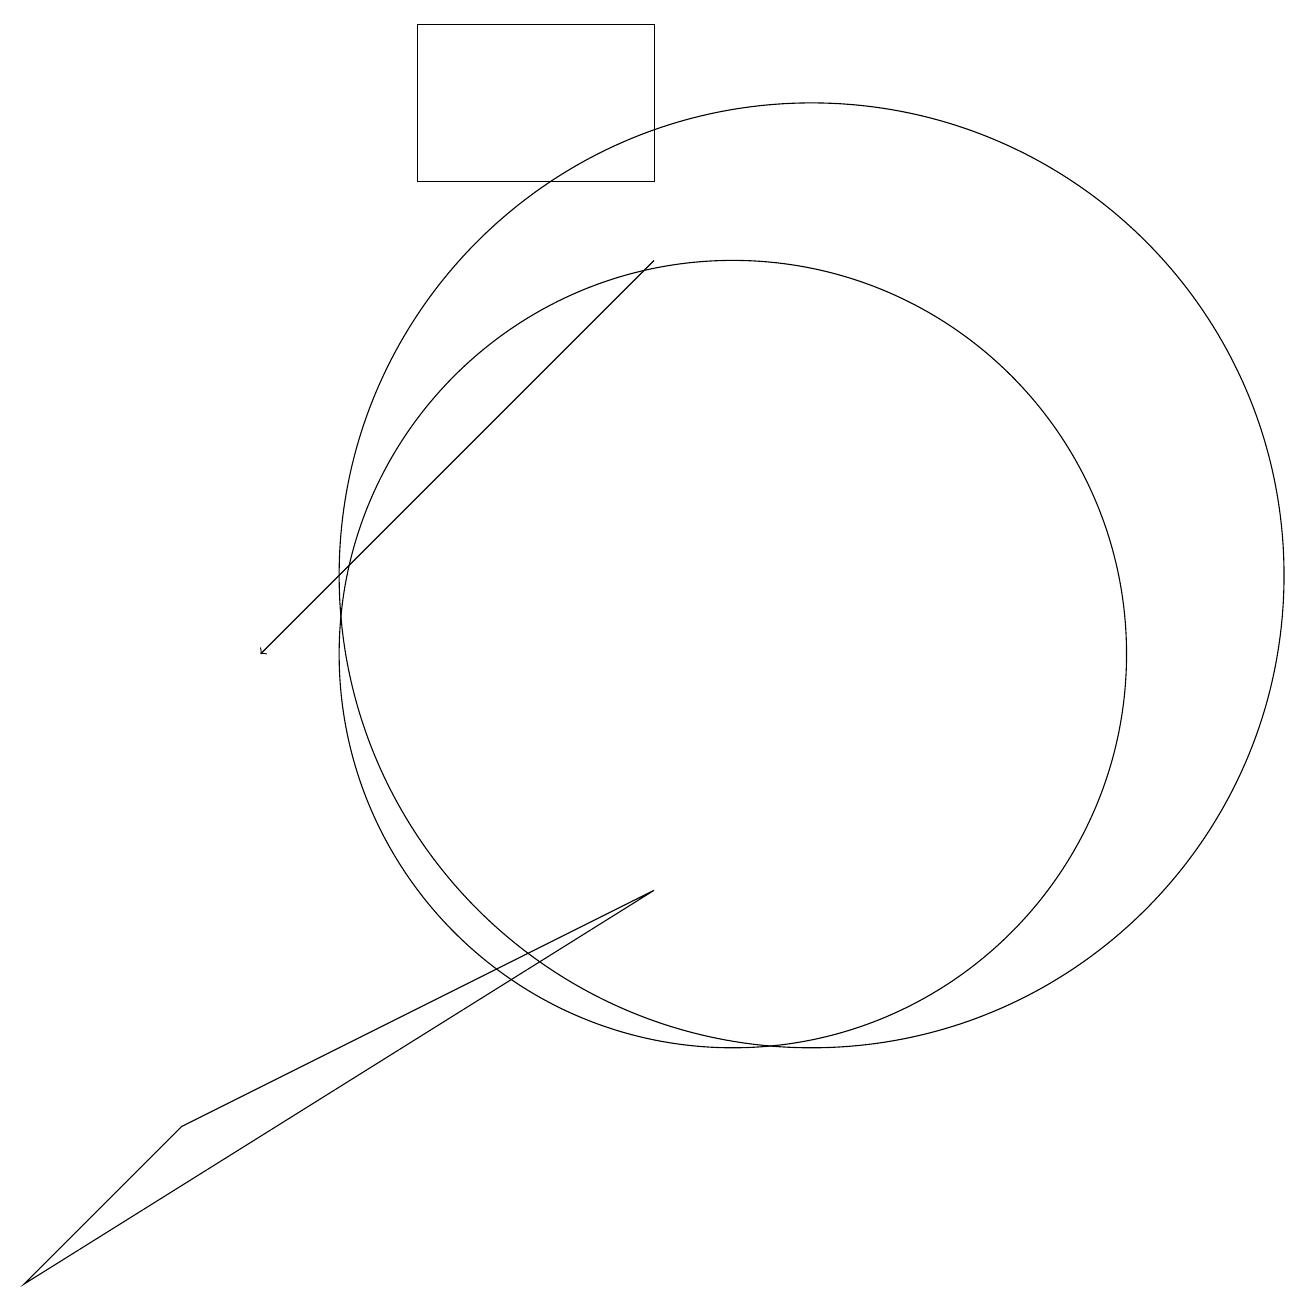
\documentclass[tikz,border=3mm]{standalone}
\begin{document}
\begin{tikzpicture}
\draw (11,10) circle (0);
\draw[->] (9,15) -- (4,10);
\draw (6,18) rectangle (9,16);
\draw (11,11) circle (6);
\draw (1,2) -- (3,4) -- (9,7) -- cycle;
\draw (10,10) circle (5);
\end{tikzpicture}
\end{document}